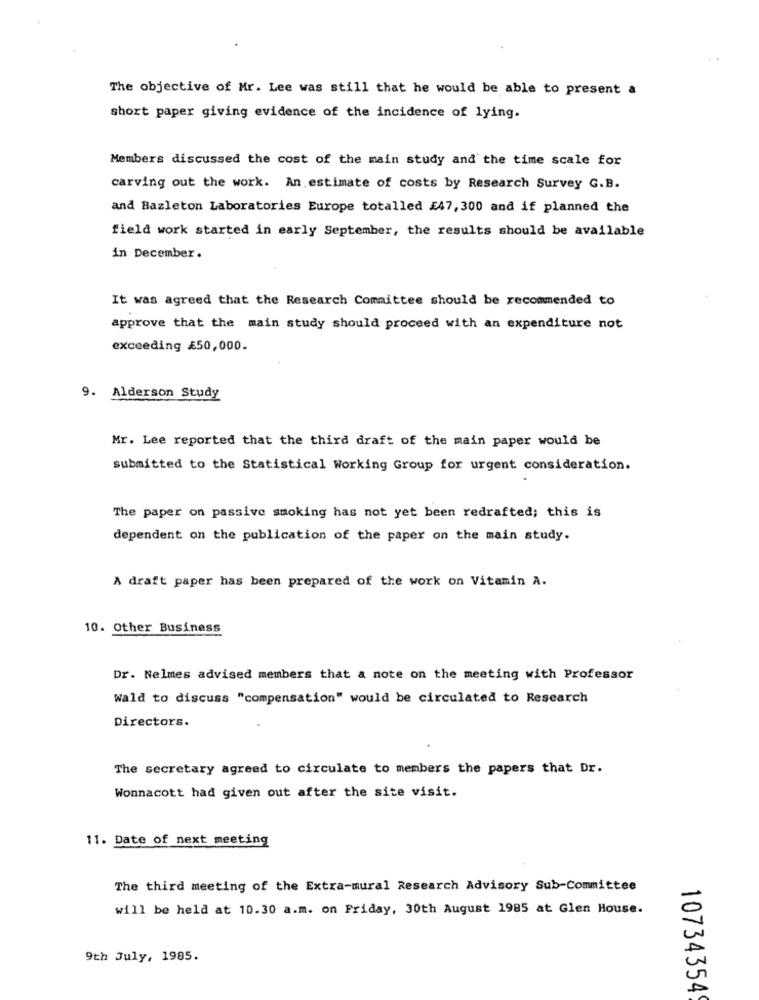
The objective of Mr. Lee was still that he would be able to present a
short paper giving evidence of the incidence of lying.
Members discussed the cost of the main study and the time scale for
carving out the work. An estimate of costs by Research Survey G.B.
and Hazleton Laboratories Europe totalled £47, 300 and if planned the
field work started in early September, the results should be available
in December.
It was agreed that the Research Committee should be recommended to
approve that the main study should proceed with an expenditure not
exceeding £50,000.
9. Alderson Study
Mr. Lee reported that the third draft of the main paper would be
submitted to the Statistical Working Group for urgent consideration.
The paper on passive smoking has not yet been redrafted; this is
dependent on the publication of the paper on the main study.
A draft paper has been prepared of the work on Vitamin A.
10. Other Business
Dr. Nelmes advised members that a note on the meeting with Professor
Wald to discuss "compensation" would be circulated to Research
Directors.
The secretary agreed to circulate to members the papers that Dr.
Wonnacott had given out after the site visit.
11. Date of next meeting
The third meeting of the Extra-mural Research Advisory Sub-Committee
will be held at 10.30 a.m. on Friday, 30th August 1985 at Glen House.
9th July, 1985.
10734354